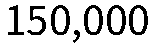
150,000